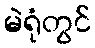
မဲရုံတွင်